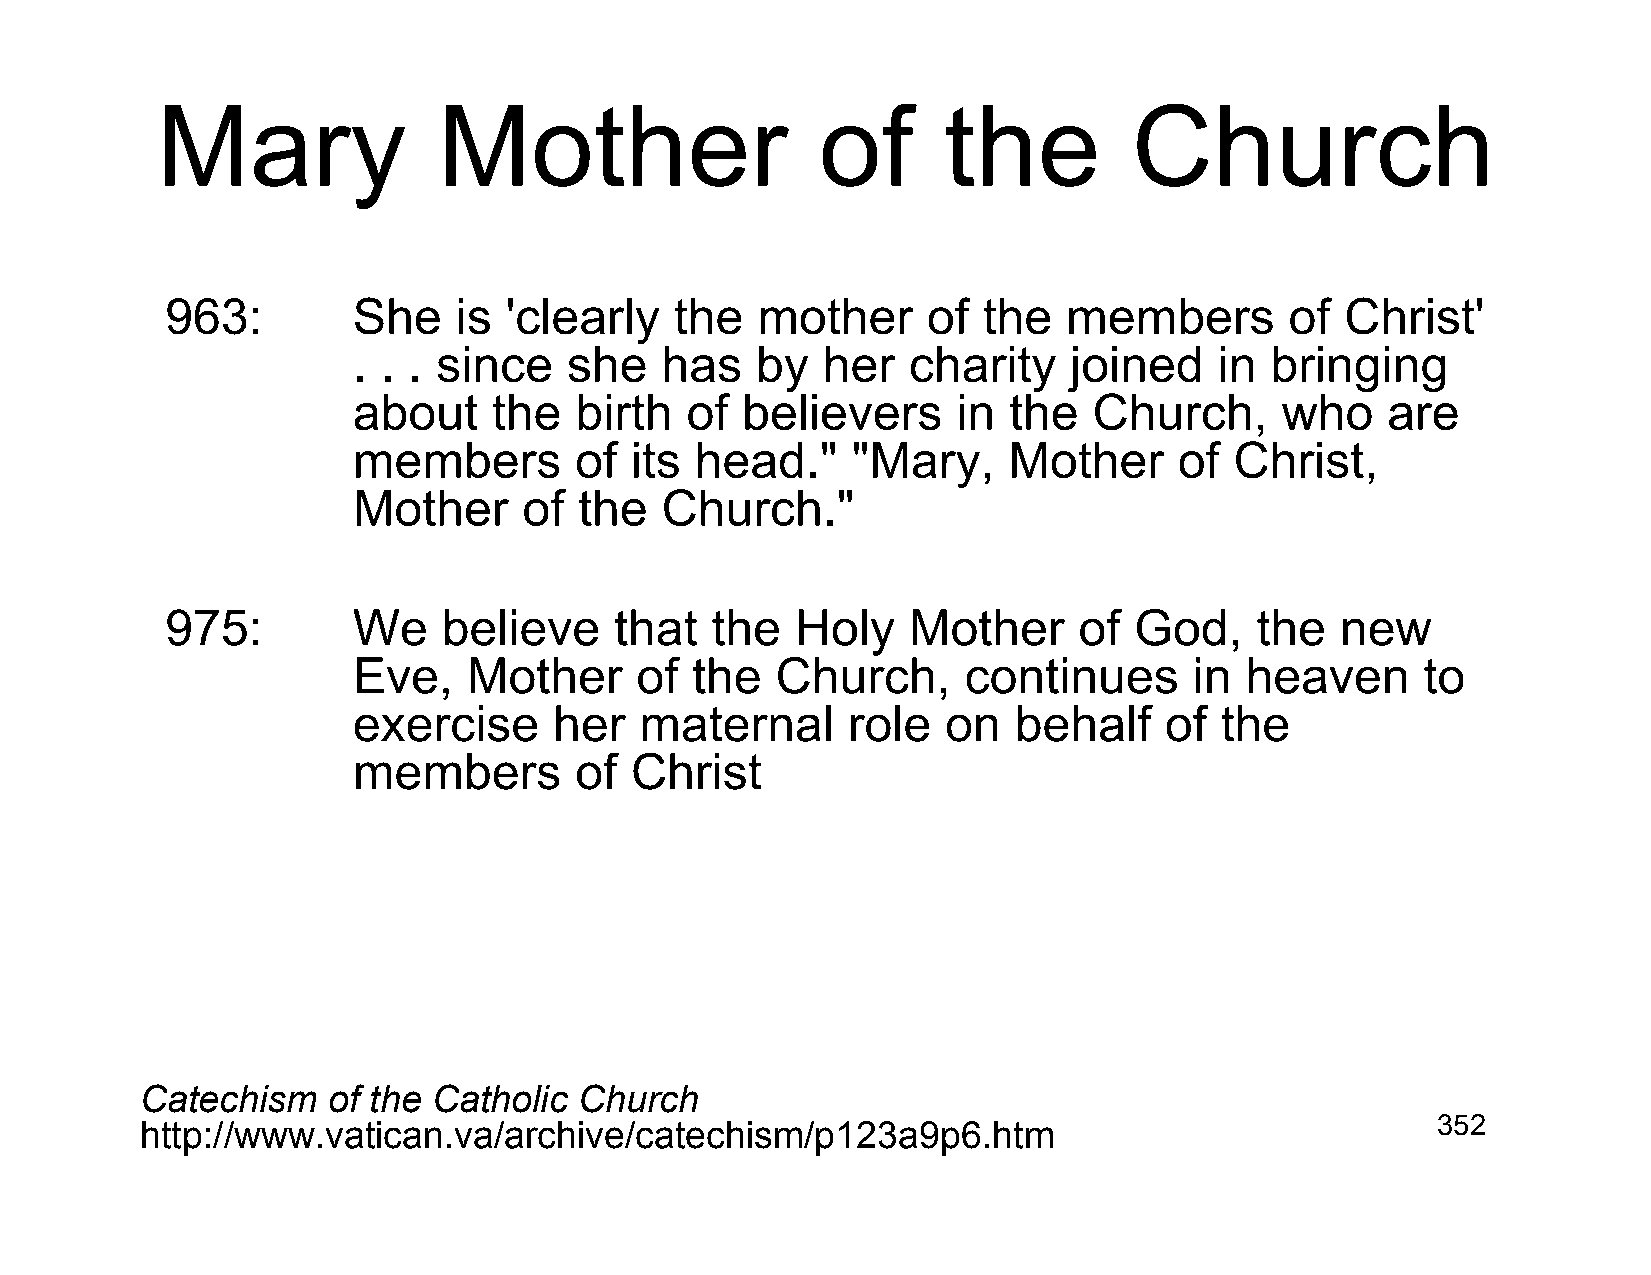
Mary               Mother                   of      the          Church
 963:        She    is 'clearly    the  mother     of  the   members       of  Christ'
 . . . since    she   has   by  her   charity    joined    in bringing
 about     the  birth  of  believers     in  the  Church,      who    are
 members        of  its head."    "Mary,     Mother     of  Christ,
 Mother      of the   Church."
 975:        We    believe     that  the   Holy   Mother     of  God,    the   new
 Eve,    Mother     of  the  Church,      continues      in heaven      to
 exercise      her  maternal      role   on  behalf    of  the
 members        of  Christ
 Catechism    of the Catholic Church
 http://www.vatican.va/archive/catechism/p123a9p6.htm                                  352